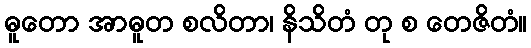
ဓူတော အာဓူတ စလိတာ၊ နိသိတံ တု စ တေဇိတံ။